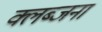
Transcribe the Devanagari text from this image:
क्लब्जना